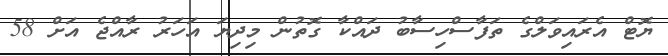
ޔޮޓް އެރައިވަލްގެ ތަފާސްހިސާބު ދައްކާ ގޮތުން މިދިޔަ އަހަރު ރާއްޖެ އަށް 58